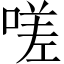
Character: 嗟